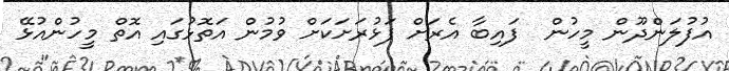
އުފުލަންދޫން މީހުން  ފައިބާ އެރަށް ފަޅުރަށަކަށް ވުމުން އަތޮޅުގައި އޮތް މީހުންއުޅޭ